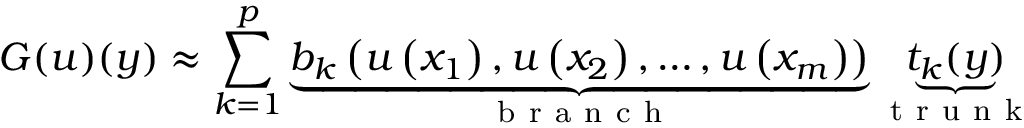
G ( u ) ( y ) \approx \sum _ { k = 1 } ^ { p } \underbrace { b _ { k } \left( u \left( x _ { 1 } \right) , u \left( x _ { 2 } \right) , \ldots , u \left( x _ { m } \right) \right) } _ { \mathrm { ~ b ~ r ~ a ~ n ~ c ~ h ~ } } \underbrace { t _ { k } ( y ) } _ { \mathrm { ~ t ~ r ~ u ~ n ~ k ~ } }